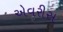
એવરીસ